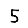
Digit: 5